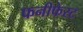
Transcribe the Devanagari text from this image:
फनीफेस्ट